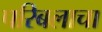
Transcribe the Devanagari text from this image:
परिबलाचा